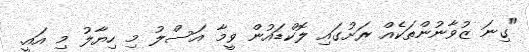
"ގިނަ ޒުވާނުންތަކެއް ރަށުގައި ލޮކްޑައުން ވީމާ އަސްލު މި ހިޔާލު މި އައީ.